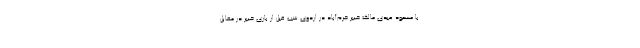
با مسعود عبدی مالک خیبر خرم‌آباد در اردوی شب قبل از بازی خیبر در مقابل